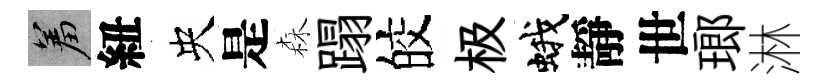
羞紐央是森蹋皎极蛾靜世瑯淋